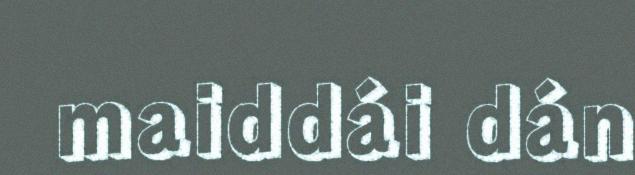
maiddái dán